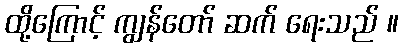
ထို့ကြောင့် ကျွန်တော် ဆက် ရေးသည် ။